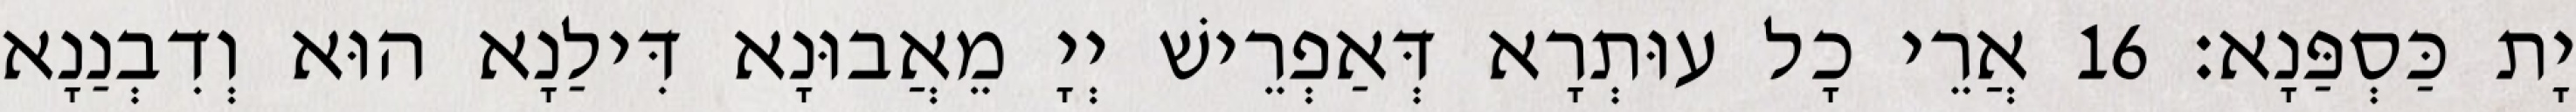
יָת כַּסְפַּנָא׃ 16 אֲרֵי כָל עוּתְרָא דְּאַפְרֵישׁ יְיָ מֵאֲבוּנָא דִּילַנָא הוּא וְדִבְנַנָא